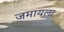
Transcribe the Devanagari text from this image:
जमायला